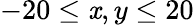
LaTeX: -20\leq\mathit{x},y\leq20